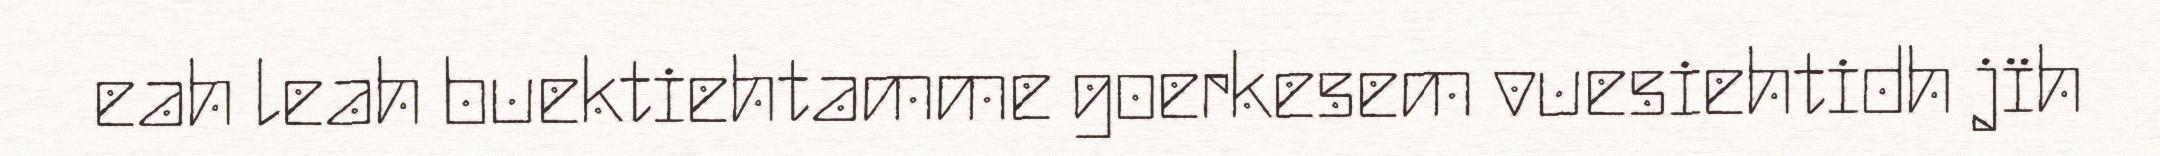
eah leah buektiehtamme goerkesem vuesiehtidh jïh